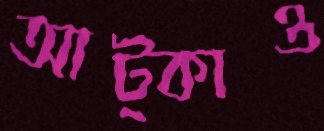
আট্‌কাও